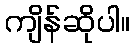
ကျိန်ဆိုပါ။